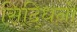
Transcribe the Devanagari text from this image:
सिद्धिनो